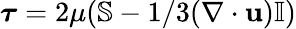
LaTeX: \boldsymbol{\tau}=2\mu(\mathbb{S}-1/3(\nabla\cdot\textbf{u})\mathbb{I})